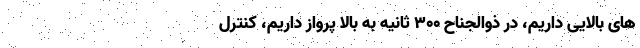
های بالایی داریم، در ذوالجناح ۳۰۰ ثانیه به بالا پرواز داریم، کنترل